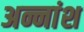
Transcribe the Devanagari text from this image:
अन्नांश